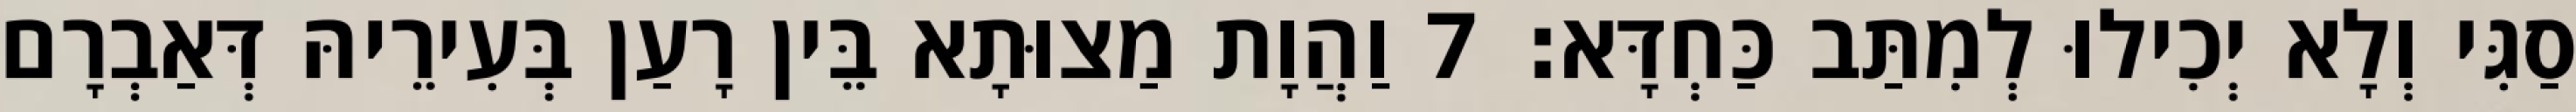
סַגִּי וְלָא יְכִילוּ לְמִתַּב כַּחְדָּא׃ 7 וַהֲוָת מַצוּתָא בֵּין רָעַן בְּעִירֵיהּ דְּאַבְרָם